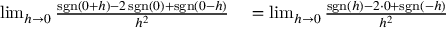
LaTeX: \begin{array} { r l } { \operatorname* { l i m } _ { h \to 0 } { \frac { \operatorname { s g n } ( 0 + h ) - 2 \operatorname { s g n } ( 0 ) + \operatorname { s g n } ( 0 - h ) } { h ^ { 2 } } } } & { { } = \operatorname* { l i m } _ { h \to 0 } { \frac { \operatorname { s g n } ( h ) - 2 \cdot 0 + \operatorname { s g n } ( - h ) } { h ^ { 2 } } } } \end{array}